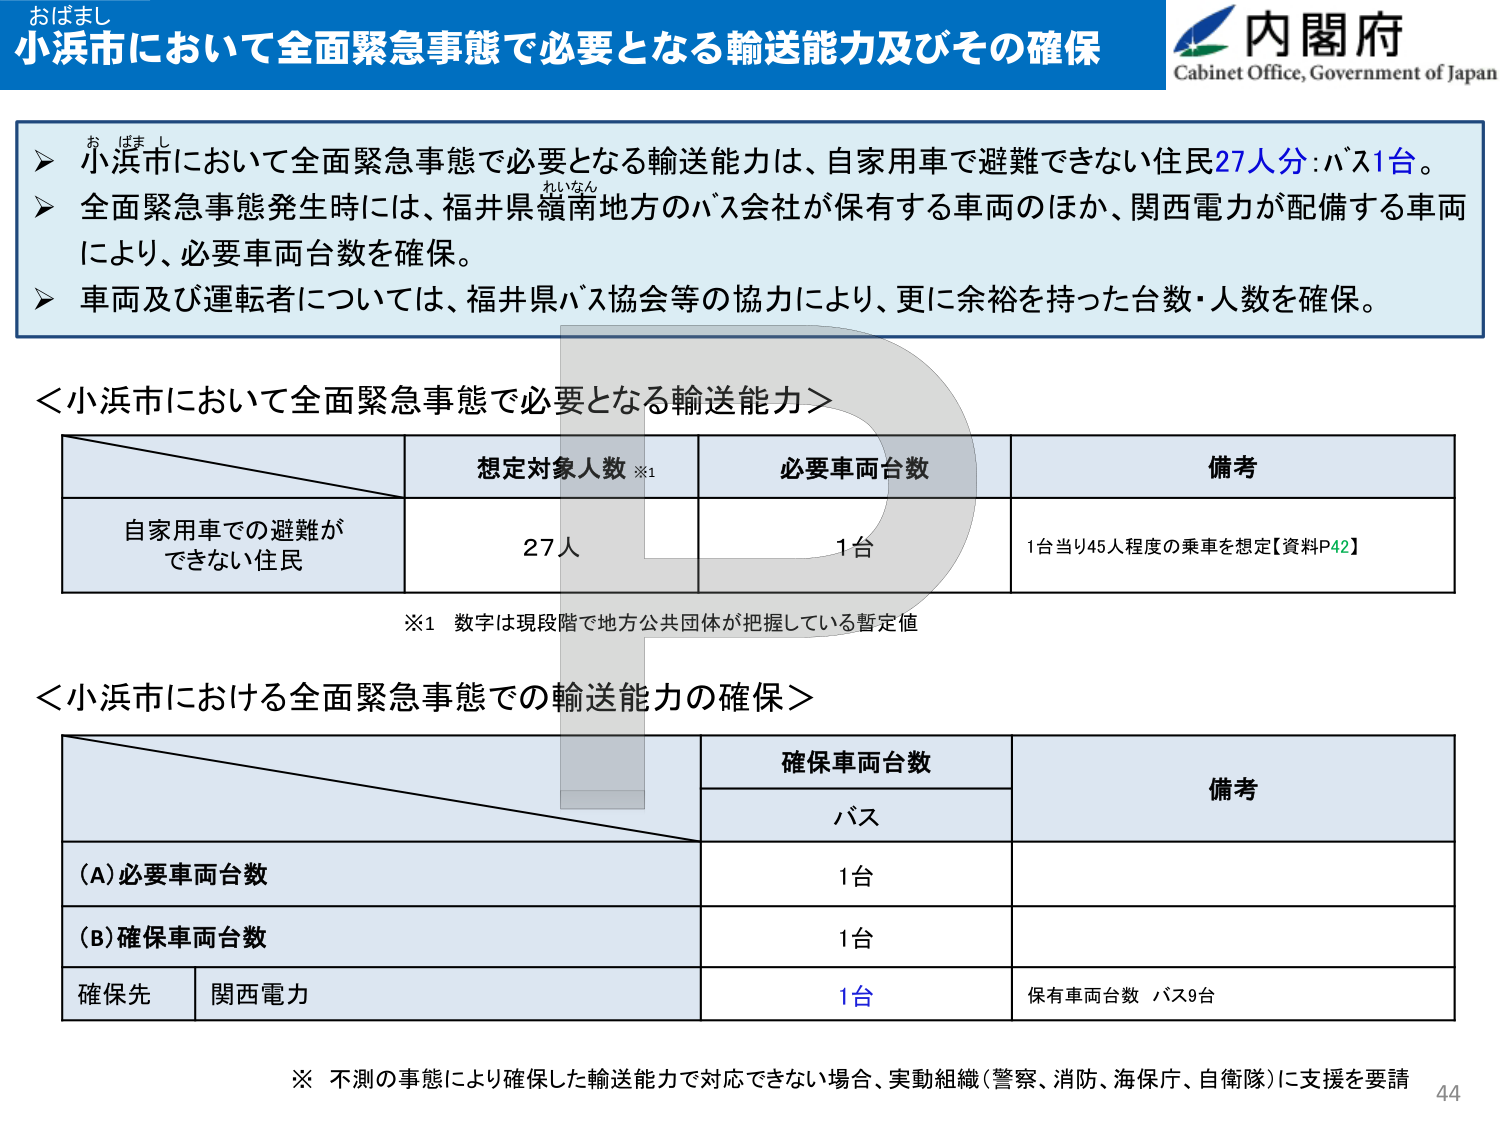
おばまし
小浜市において全面緊急事態で必要となる輸送能力及びその確保
内閣府
Cabinet Office, Government of Japan

➤ 小浜市において全面緊急事態で必要となる輸送能力は、自家用車で避難できない住民27人分：バス1台。
➤ 全面緊急事態発生時には、福井県嶺南地方のバス会社が保有する車両のほか、関西電力が配備する車両により、必要車両台数を確保。
➤ 車両及び運転者については、福井県バス協会等の協力により、更に余裕を持った台数・人数を確保。

＜小浜市において全面緊急事態で必要となる輸送能力＞

| | 想定対象人数 ※1 | 必要車両台数 | 備考 |
|---|---|---|---|
| 自家用車での避難ができない住民 | 27人 | 1台 | 1台当り45人程度の乗車を想定【資料P42】 |

※1 数字は現段階で地方公共団体が把握している暫定値

＜小浜市における全面緊急事態での輸送能力の確保＞

| | | 確保車両台数 | 備考 |
|---|---|---|---|
| | | バス | |
| (A)必要車両台数 | | 1台 | |
| (B)確保車両台数 | | 1台 | |
| 確保先 | 関西電力 | 1台 | 保有車両台数 バス9台 |

※ 不測の事態により確保した輸送能力で対応できない場合、実動組織（警察、消防、海保庁、自衛隊）に支援を要請
44